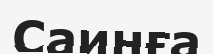
Саинға